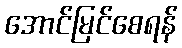
အောင်မြင်စေရန်